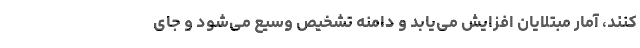
کنند، آمار مبتلایان افزایش می‌یابد و دامنه تشخیص وسیع می‌شود و جای